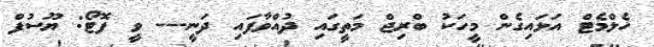
ހެލްމެޓް އަޅައިގެން މީހަކު ބްރިޖް މަތީގައި ދުއްވާފައި ދަނީ--- ވީ ފޮޓޯ: ޔޫސުފް